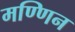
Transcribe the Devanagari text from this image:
मण्णिन